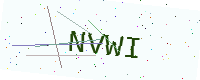
Text: NVWI